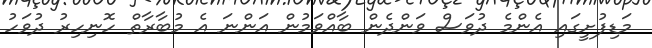
މަޑިފުށީގައި އެންމެ ދުވަސް ވަންދެން ބާއްވަމުން އަންނަ އެ މުބާރާތް ހޮނިހިރު ދުވަހު